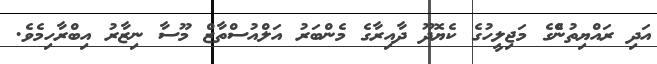
އަދި ރައްޔިތުންެގެ މަޖިލީހުގެ ކެޔޮދޫ ދާއިރާގެ މެންބަރު އަލްއުސްތާޒް މޫސާ ނިޒާރު އިބްރާހިމެވެ.